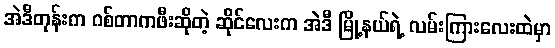
အဲဒီတုန်းက ဂစ်တာကဖီးဆိုတဲ့ ဆိုင်လေးက အဲဒီ မြို့နယ်ရဲ့ လမ်းကြားလေးထဲမှာ